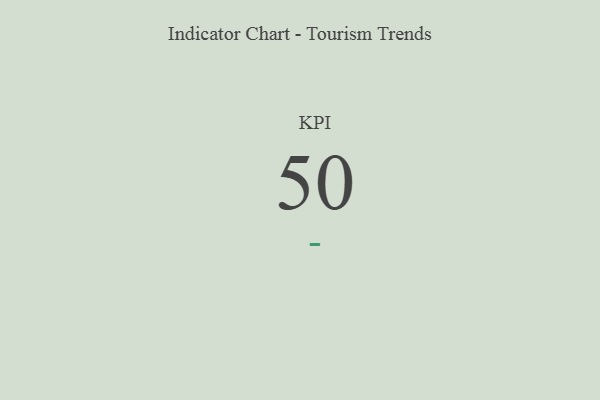
{"axis": {"x": "KPI", "y": "Value"}, "legend": [""], "data": [{"x": "KPI", "y": 50, "type": ""}]}